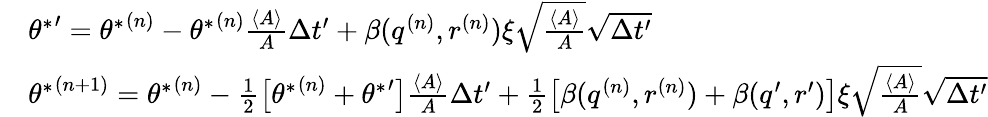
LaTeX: \begin{array}{rl}&{{\theta^{*}}^{\prime}={\theta^{*}}^{(n)}-{\theta^{*}}^{(n)}\frac{\langle A\rangle}{A}\Delta t^{\prime}+\beta(q^{(n)},r^{(n)})\xi\sqrt{\frac{\langle A\rangle}{A}}\sqrt{\Delta t^{\prime}}}\\ &{{\theta^{*}}^{(n+1)}={\theta^{*}}^{(n)}-\frac{1}{2}\big[{\theta^{*}}^{(n)}+{\theta^{*}}^{\prime}\big]\frac{\langle A\rangle}{A}\Delta t^{\prime}+\frac{1}{2}\big[\beta(q^{(n)},r^{(n)})+\beta(q^{\prime},r^{\prime})\big]\xi\sqrt{\frac{\langle A\rangle}{A}}\sqrt{\Delta t^{\prime}}}\end{array}